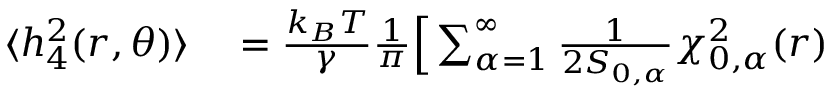
\begin{array} { r l } { \langle h _ { 4 } ^ { 2 } ( r , \theta ) \rangle } & { { } = \frac { k _ { B } T } { \gamma } \frac { 1 } { \pi } \Big [ \sum _ { \alpha = 1 } ^ { \infty } \frac { 1 } { 2 S _ { 0 , \alpha } } \chi _ { 0 , \alpha } ^ { 2 } ( r ) } \end{array}